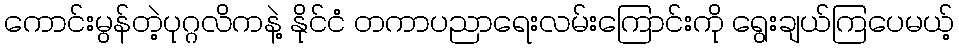
ကောင်းမွန်တဲ့ပုဂ္ဂလိကနဲ့ နိုင်ငံ တကာပညာရေးလမ်းကြောင်းကို ရွေးချယ်ကြပေမယ့်